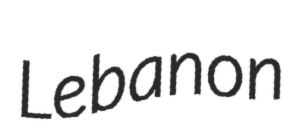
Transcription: Lebanon